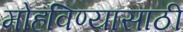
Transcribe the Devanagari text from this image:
मोहविण्यासाठी